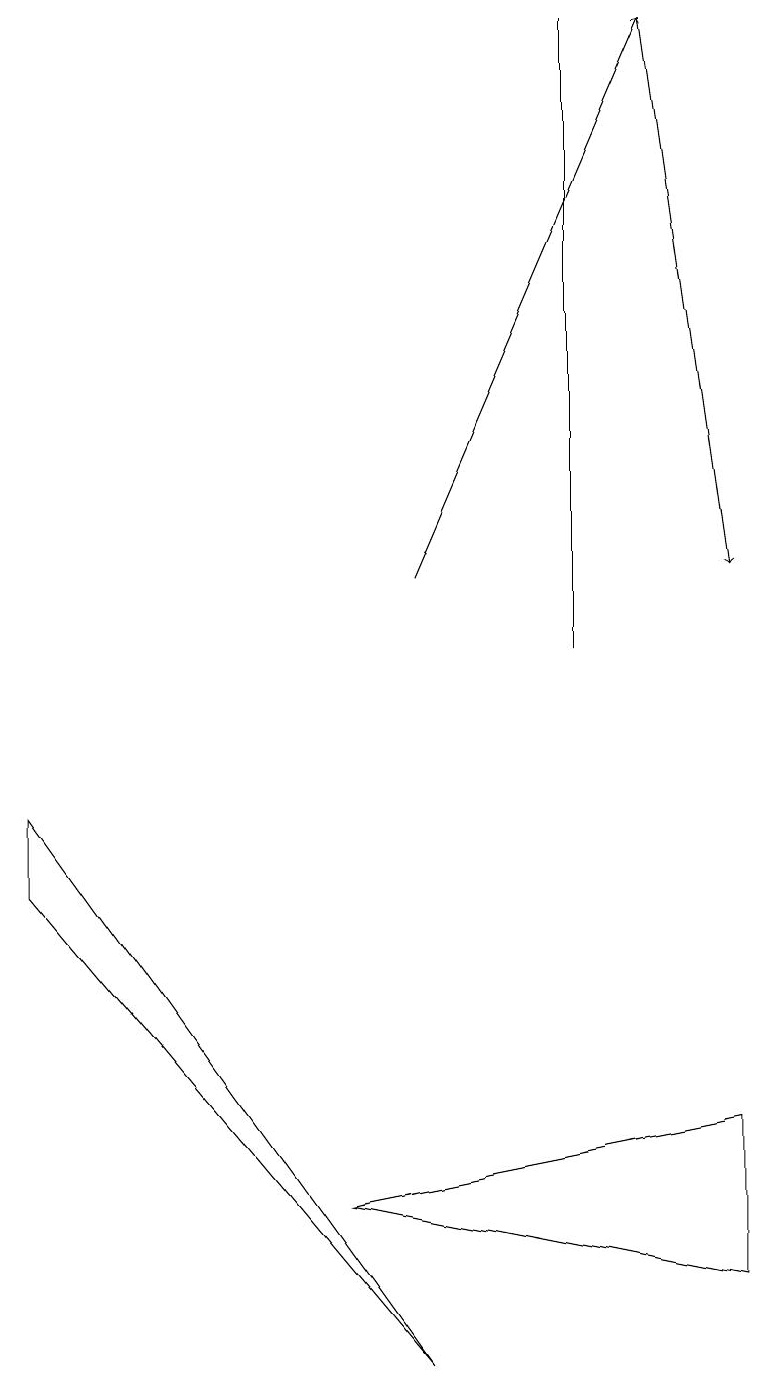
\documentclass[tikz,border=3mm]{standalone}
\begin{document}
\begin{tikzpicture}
\draw (0,9) -- (0,8) -- (5,2) -- cycle;
\draw[->] (5,12) -- (8,19);
\draw (7,11) rectangle (7,19);
\draw (9,5) -- (9,3) -- (4,4) -- cycle;
\draw[->] (8,19) -- (9,12);
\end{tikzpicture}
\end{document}